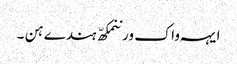
ایہہ واک ورننمکھّ ہندے ہن ۔